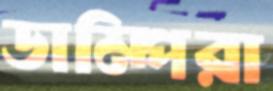
ডাম্পিরা